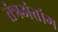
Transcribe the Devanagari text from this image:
तंत्रअंतांग